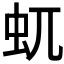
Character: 𧈭